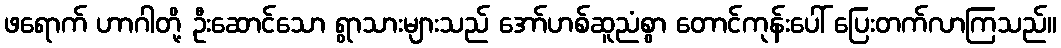
ဖရောက် ဟာဂါတို့ ဦးဆောင်သော ရွာသားများသည် အော်ဟစ်ဆူညံစွာ တောင်ကုန်းပေါ် ပြေးတက်လာကြသည်။